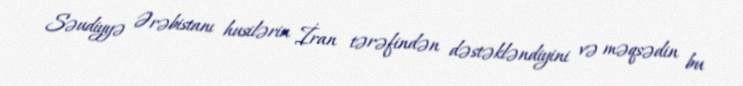
Səudiyyə Ərəbistanı husilərin İran tərəfindən dəstəkləndiyini və məqsədin bu